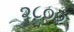
૨૮૦૨